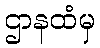
ဌာနထံမှ